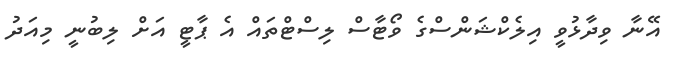
އޭނާ ވިދާޅުވީ އިލެކްޝަންސްގެ ވޯޓާސް ލިސްޓްތައް އެ ޕާޓީ އަށް ލިބުނީ މިއަދު